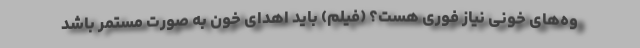
وه‌های خونی نیاز فوری هست؟ (فیلم) باید اهدای خون به صورت مستمر باشد